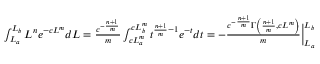
\begin{array} { r } { \int _ { L _ { a } } ^ { L _ { b } } L ^ { n } e ^ { - c L ^ { m } } d L = \frac { c ^ { - \frac { n + 1 } { m } } } { m } \int _ { c L _ { a } ^ { m } } ^ { c L _ { b } ^ { m } } t ^ { \frac { n + 1 } { m } - 1 } e ^ { - t } d t = - \frac { c ^ { - \frac { n + 1 } { m } } \Gamma \left( \frac { n + 1 } { m } , c L ^ { m } \right) } { m } \Big | _ { L _ { a } } ^ { L _ { b } } } \end{array}